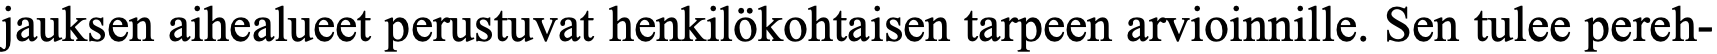
jauksen aihealueet perustuvat henkilökohtaisen tarpeen arvioinnille. Sen tulee pereh-